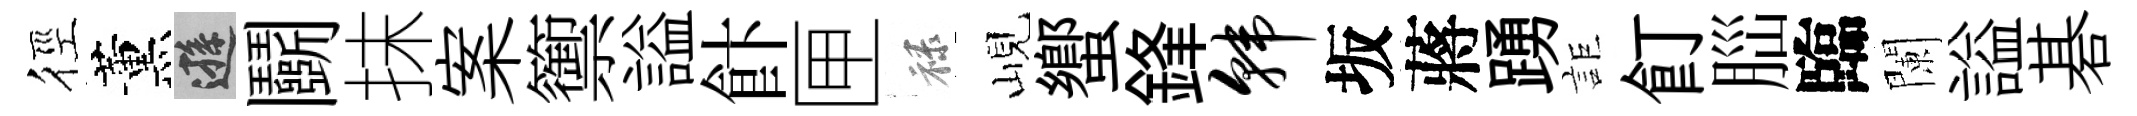
徑薰遜鬬抹案籞謚飰匣禄峴蠁鋒韩坂蔣踴詎飣𦛁臨闌謚碁